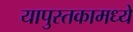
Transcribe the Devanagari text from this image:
यापुस्तकामध्ये